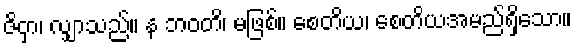
ဇိဝှာ၊ လျှာသည်။ န ဘဝတိ၊ မဖြစ်။ စေတိယ၊ စေတိယအမည်ရှိသော။